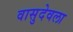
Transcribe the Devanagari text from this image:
वासुदेवला